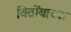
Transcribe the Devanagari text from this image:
विठोंबाच्या